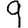
Digit: 9